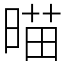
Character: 𣈴